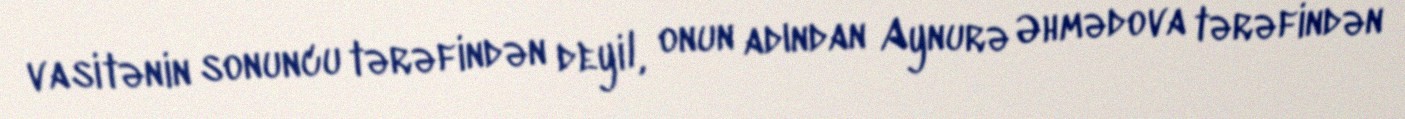
vasitənin sonuncu tərəfindən deyil, onun adından Aynurə Əhmədova tərəfindən